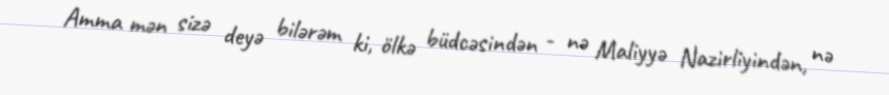
Amma mən sizə deyə bilərəm ki, ölkə büdcəsindən - nə Maliyyə Nazirliyindən, nə